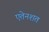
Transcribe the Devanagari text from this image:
एतेनशत